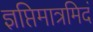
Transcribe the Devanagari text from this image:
ज्ञप्तिमात्रमिदं